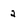
Character: 2